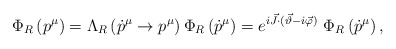
\begin{align*}\Phi _{R}\left( p^{\mu }\right) =\Lambda _{R}\left( \dot p^{\mu }\to p^{\mu }\right)\Phi _{R}\left( \dot p^{\mu }\right) =e^{ i\vec{J}\cdot ( \vec{\vartheta}-i \vec{\varphi} )}~\Phi _{R}\left( \dot p^{\mu }\right), \end{align*}